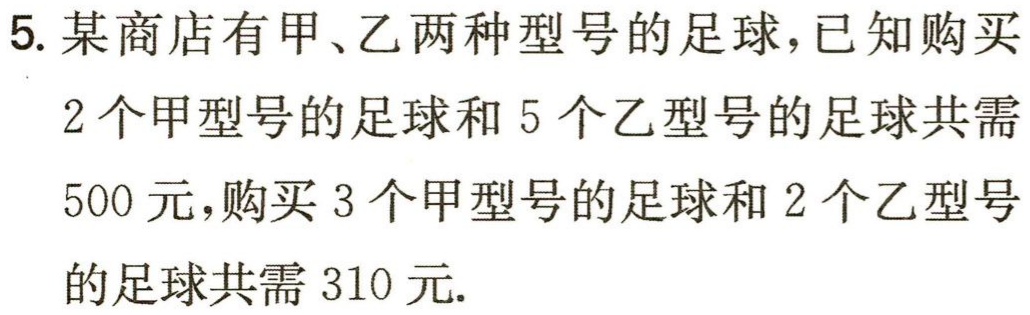
5. 某商店有甲、乙两种型号的足球，已知购买

2个甲型号的足球和5个乙型号的足球共需

500元，购买3个甲型号的足球和2个乙型号

的足球共需310元.